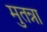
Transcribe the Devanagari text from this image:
मुतन्ना